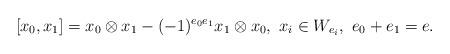
\begin{align*}[x_0, x_1]=x_0 \otimes x_1-(-1)^{e_0 e_1} x_1 \otimes x_0, \ x_i \in W_{e_i}, \ e_0+e_1=e.\end{align*}